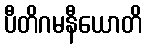
ပီတိဂမနီယောတိ